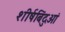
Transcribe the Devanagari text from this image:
शीर्षबिंदुओं